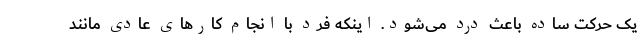
یک حرکت ساده باعث درد می‌شود. اینکه فرد با انجام کار‌های عادی مانند